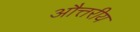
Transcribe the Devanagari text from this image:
औत्तरीय